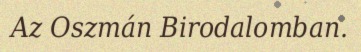
Az Oszmán Birodalomban.